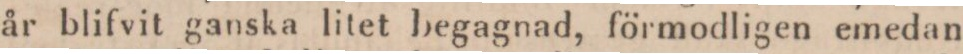
år blifvit ganska litet begagnad, förmodligen emedan